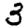
Digit: 3